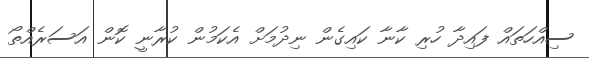
ސިއްހަތައް ފައިދާ ހުރި ކާނާ ކައިގެން ނިދުމަށް އެކަމުން ކުރާނީ ކޮން އަސަރެއްތޯ